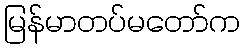
မြန်မာတပ်မတော်က